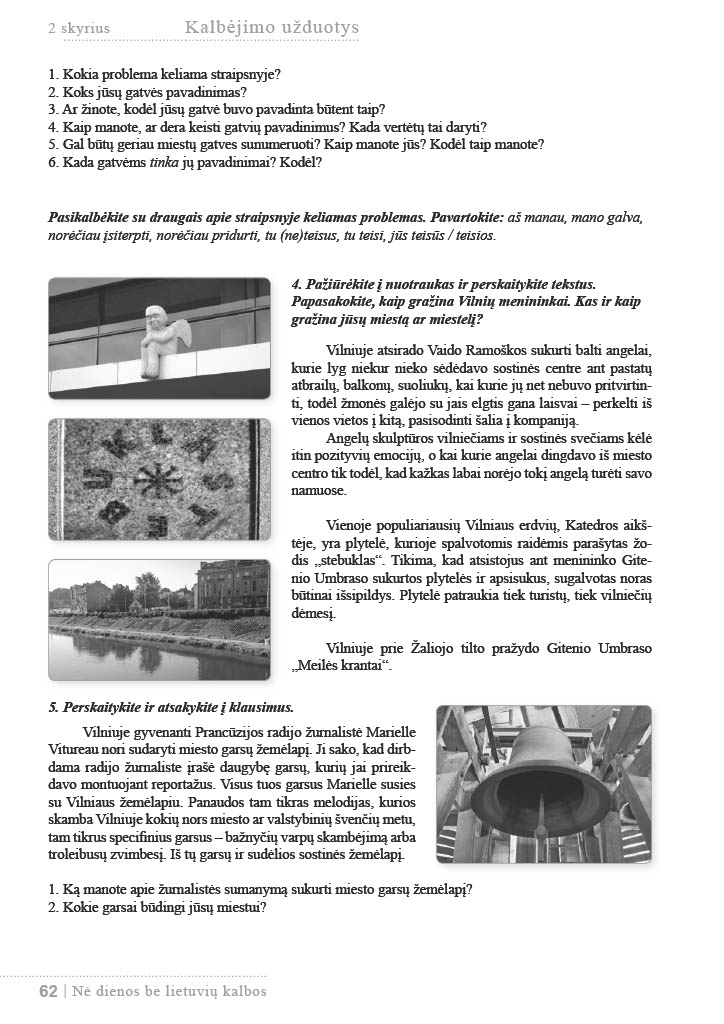
Language: lt